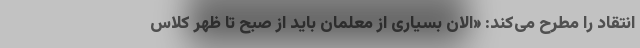
انتقاد را مطرح می‌کند: «الان بسیاری از معلمان باید از صبح تا ظهر کلاس